Civil Veterinary Dept. Bombay admin report 1907-1913 - 1907-1913
Year: 1907
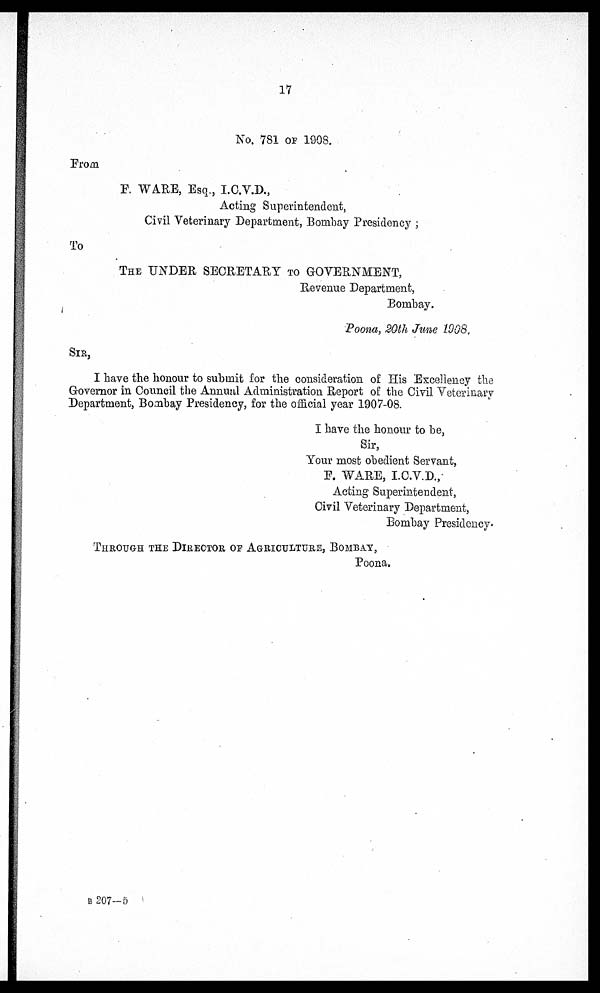
17
No. 781 OF 1908.
From
F. WARE, Esq., I.C.V.D.,
Acting Superintendent,
Civil Veterinary Department, Bombay Presidency;
To
THE UNDER SECRETARY TO GOVERNMENT,
Revenue Department,
Bombay.
Poona, 20th June 1908,
SIR,
I have the honour to submit for the consideration of His Excellency the
Governor in Council the Annual Administration Report of the Civil Veterinary
Department, Bombay Presidency, for the official year 1907-08.
I have the honour to be,
Sir,
Your most obedient Servant,
E. WARE, I.C.V.D.,
Acting Superintendent,
Civil Veterinary Department,
Bombay Presidency.
THROUGH THE DIRECTOR OF AGRICULTURE, BOMBAY,
Poona.
B 207-5